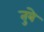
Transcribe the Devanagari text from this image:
तुबे